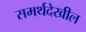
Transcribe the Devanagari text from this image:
समर्थदेखील